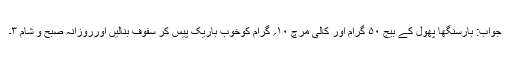
جواب: بارسنگھا پھول کے بیج ۵۰ گرام اور کالی مرچ ۱۰؍ گرام کوخوب باریک پیس کر سفوف بنالیں اورروزانہ صبح و شام ۳۔